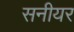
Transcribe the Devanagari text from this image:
सनीयर